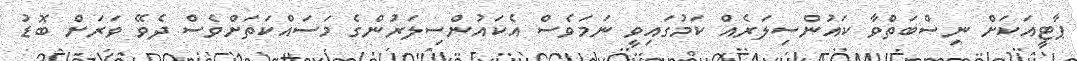
ޕާޓީއަކަށް ނިސްބަތްވާ ކައުންސިލަރެއް ކަމުގައިވީ ނަމަވެސް އެކައުންސިލަރުންގެ މަސައްކަތަށްވެސް ދެވޭ ވަރަށް ބޮޑު